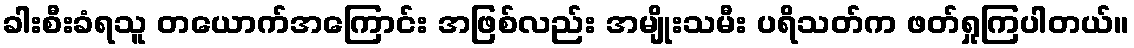
ခါးစီးခံရသူ တယောက်အကြောင်း အဖြစ်လည်း အမျိုးသမီး ပရိသတ်က ဖတ်ရှုကြပါတယ်။